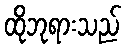
ထိုဘုရားသည်